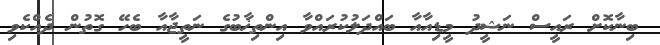
ބިނާކޮށް ރައީސް ނަޝީދު މީޑިއާއާ ބައްދަލުކުރައްވާ އިންތިޚާބުގެ ނަތީޖާއާ ބެހޭ ގޮތުން ދެއްކެވި